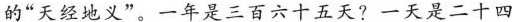
的”天经地义”。一年是三百六十五天?一天是二十四